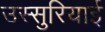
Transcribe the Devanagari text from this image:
उस्सुरियाई